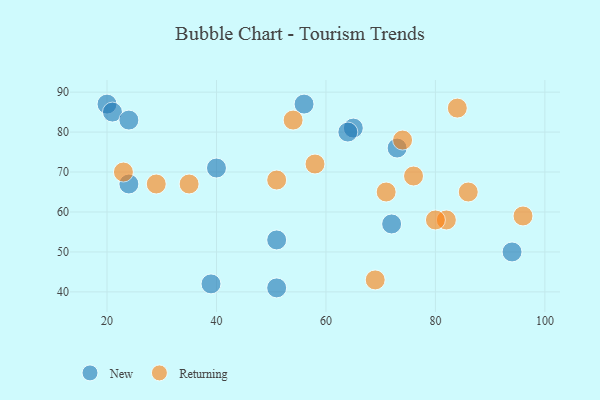
{"axis": {"x": "GDP", "y": "Life Expectancy"}, "legend": ["New", "Returning"], "data": [{"x": "51", "y": 53, "type": "New"}, {"x": "94", "y": 50, "type": "New"}, {"x": "65", "y": 81, "type": "New"}, {"x": "64", "y": 80, "type": "New"}, {"x": "40", "y": 71, "type": "New"}, {"x": "24", "y": 67, "type": "New"}, {"x": "39", "y": 42, "type": "New"}, {"x": "51", "y": 41, "type": "New"}, {"x": "20", "y": 87, "type": "New"}, {"x": "73", "y": 76, "type": "New"}, {"x": "21", "y": 85, "type": "New"}, {"x": "72", "y": 57, "type": "New"}, {"x": "24", "y": 83, "type": "New"}, {"x": "56", "y": 87, "type": "New"}, {"x": "23", "y": 70, "type": "Returning"}, {"x": "82", "y": 58, "type": "Returning"}, {"x": "74", "y": 78, "type": "Returning"}, {"x": "29", "y": 67, "type": "Returning"}, {"x": "54", "y": 83, "type": "Returning"}, {"x": "84", "y": 86, "type": "Returning"}, {"x": "51", "y": 68, "type": "Returning"}, {"x": "69", "y": 43, "type": "Returning"}, {"x": "76", "y": 69, "type": "Returning"}, {"x": "86", "y": 65, "type": "Returning"}, {"x": "96", "y": 59, "type": "Returning"}, {"x": "35", "y": 67, "type": "Returning"}, {"x": "80", "y": 58, "type": "Returning"}, {"x": "71", "y": 65, "type": "Returning"}, {"x": "58", "y": 72, "type": "Returning"}]}